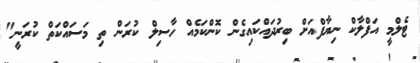
ޓެލްމީ އަފްލާކް ނިޔާފްއަށް ބިރުދައްކައިގެން ކޮންކަމެއް ހާސިލް ކުރަން ތި މަސައްކަތް ކުރަނީ"